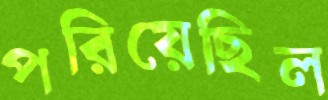
পরিয়েছিল